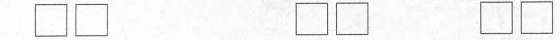
\Box\Box\Box\Box\Box\Box